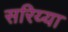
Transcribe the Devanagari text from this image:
सरिय्या